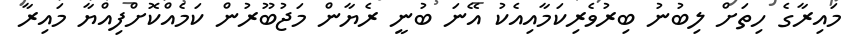
މައިރާގެ ހިތަށް ލިބުނު ބިރުވެރިކަމާއިއެކު އޭނަ ބުނީ ރެޔާން މަޖުބޫރުން ކަމެއްކޮށްފިއްޔާ މައިރާ